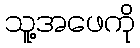
သူ့အဖေကို